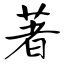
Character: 著